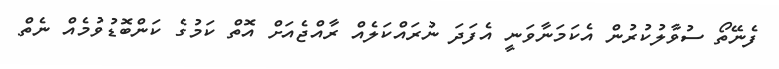
ފެނޭތޯ ސުވާލުކުރުން އެކަމަނާވަނީ އެފަދަ ނުރައްކަލެއް ރާއްޖެއަށް އޮތް ކަމުގެ ކަންބޮޑުވުމެއް ނެތް